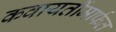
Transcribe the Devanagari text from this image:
कवायतींमार्फत